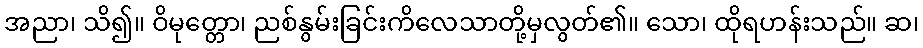
အညာ၊ သိ၍။ ဝိမုတ္တော၊ ညစ်နွမ်းခြင်းကိလေသာတို့မှလွတ်၏။ သော၊ ထိုရဟန်းသည်။ ဆ၊